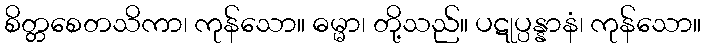
စိတ္တစေတသိကာ၊ ကုန်သော။ ဓမ္မာ၊ တို့သည်။ ပဋုပ္ပန္နာနံ၊ ကုန်သော။